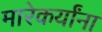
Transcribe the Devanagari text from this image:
मारेकर्यांना